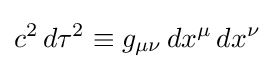
c^{2}\,d\tau ^{2}\equiv g_{\mu \nu }\,dx^{\mu }\,dx^{\nu }